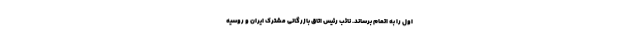
اول را به اتمام برساند. نائب رئیس اتاق بازرگانی مشترک ایران و روسیه